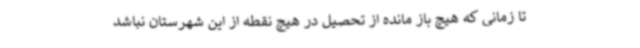
تا زمانی که هیچ باز مانده از تحصیل در هیچ نقطه از این شهرستان نباشد